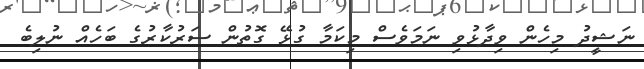
ނަޝީދު މިހެން ވިދާޅުވި ނަމަވެސް މިކަމާ ގުޅޭ ގޮތުން ސަރުކާރުގެ ބަހެއް ނުލިބެ